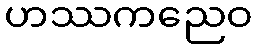
ဟဿကညေဝ